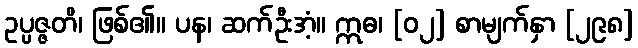
ဥပ္ပဇ္ဇတိ၊ ဖြစ်၏။ ပန၊ ဆက်ဦးအံ့။ ဣဓ၊ [၀၂] စာမျက်နှာ [၂၉၈]